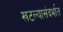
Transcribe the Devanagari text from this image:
खटल्यासंदर्भात